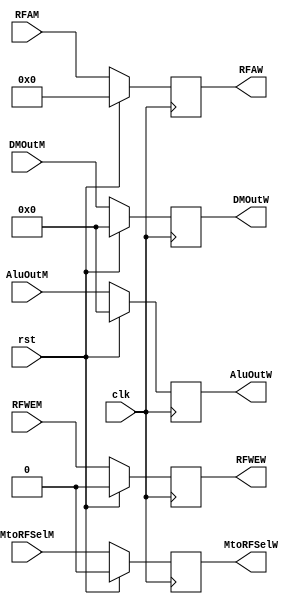
`timescale 1ns / 1ps

module IM_IW_Pipe #(parameter WL=32)
    (
    input clk,
    input rst,
    input RFWEM,
    input MtoRFSelM,
    input [WL-1:0] DMOutM,
    input [WL-1:0] AluOutM,
    input [4:0] RFAM,

    output reg RFWEW,
    output reg MtoRFSelW,
    output reg [WL-1:0] DMOutW,
    output reg [WL-1:0] AluOutW,
    output reg [4:0] RFAW        
    
    );
    
        //Pipeline Register
    always @(posedge clk)
    begin
        if(rst)
        begin
            RFWEW <= 1'b0;
            MtoRFSelW <= 1'b0;
            DMOutW <= 32'b0;
            AluOutW <= 32'b0;
            RFAW <= 5'b0;
        end
        else
        begin    
            RFWEW <= RFWEM;
            MtoRFSelW <= MtoRFSelM;
            DMOutW <= DMOutM;
            AluOutW <= AluOutM;
            RFAW <= RFAM;
        end    
    end
    
endmodule